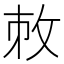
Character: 𢼋